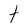
Character: t